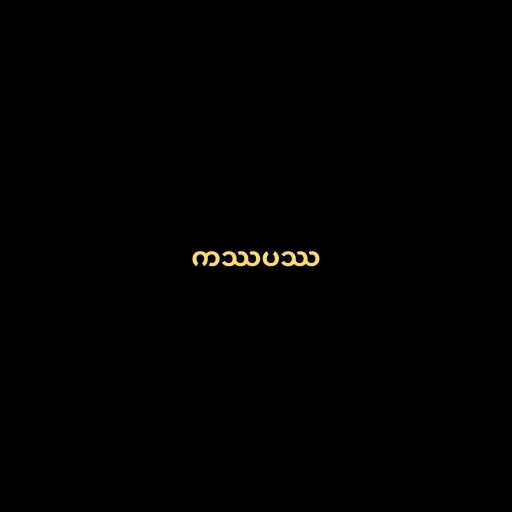
ကဿပဿ